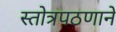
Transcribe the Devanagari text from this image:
स्तोत्रपठणाने